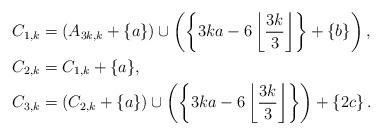
LaTeX: \begin{align*}C_{1,k} & = (A_{3k,k} + \{ a \}) \cup \left(\left\{ 3k a - 6 \left\lfloor \frac{3k}{3} \right\rfloor \right\} + \left\{ b \right\} \right),\\C_{2,k} & = C_{1,k} + \{ a \},\\C_{3,k} & = (C_{2,k} + \{ a \}) \cup \left( \left\{ 3 k a - 6 \left\lfloor \frac{3k}{3} \right\rfloor \right\} \right) + \left\{2 c \right\}.\end{align*}